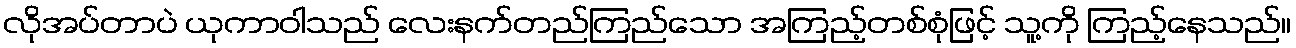
လိုအပ်တာပဲ ယုကာဝါသည် လေးနက်တည်ကြည်သော အကြည့်တစ်စုံဖြင့် သူ့ကို ကြည့်နေသည်။